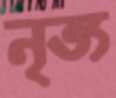
নৃত্য